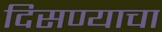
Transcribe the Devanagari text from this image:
दिसण्याचा